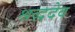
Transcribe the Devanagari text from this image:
श्रद्धदेव